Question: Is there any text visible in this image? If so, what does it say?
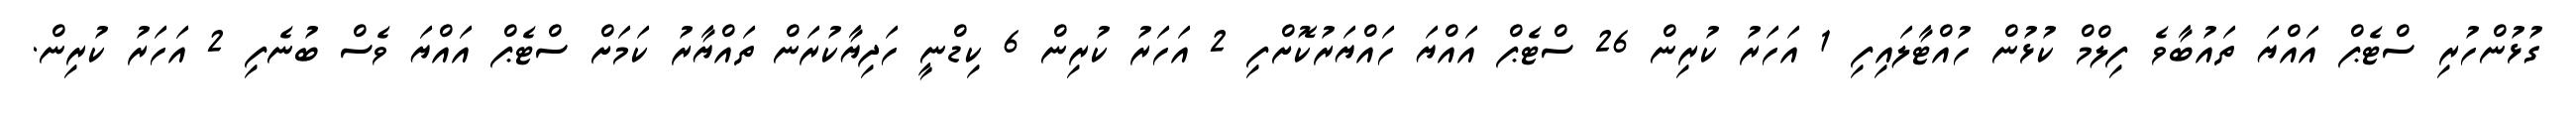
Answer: ގުޅުންހުރި ސްޓެޕް އައްޔަ ތައުބާވެ ފިލްމް ކުޅުން ހުއްޓާލައިފި 1 އަހަރު ކުރިން 26 ސްޓެޕް އައްޔަ ހައްޔަރުކޮށްފި 2 އަހަރު ކުރިން 6 ކިޑްނީ ހަދިޔާކުރަން ތައްޔާރު ކަމަށް ސްޓެޕް އައްޔަ ވެސް ބުނެފި 2 އަހަރު ކުރިން.